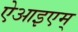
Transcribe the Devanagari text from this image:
ऐआइएम्